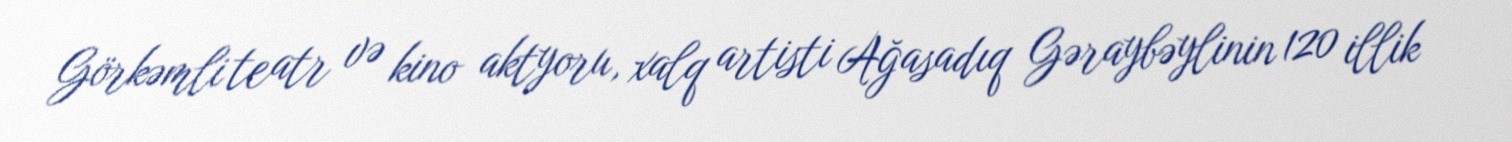
Görkəmli teatr və kino aktyoru, xalq artisti Ağasadıq Gəraybəylinin 120 illik